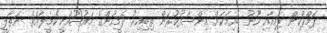
ޕަމްޕްކިން ޕައިއާއި ހޫނު ބުއިމަކަށް އިންސާފުކުރަން ތިބިއިރު ދެމީހުންގެ މައުޟޫއަކީ ކެމީލާއެވެ. ނަތާލީ